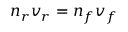
n _ { r } v _ { r } = n _ { f } v _ { f }